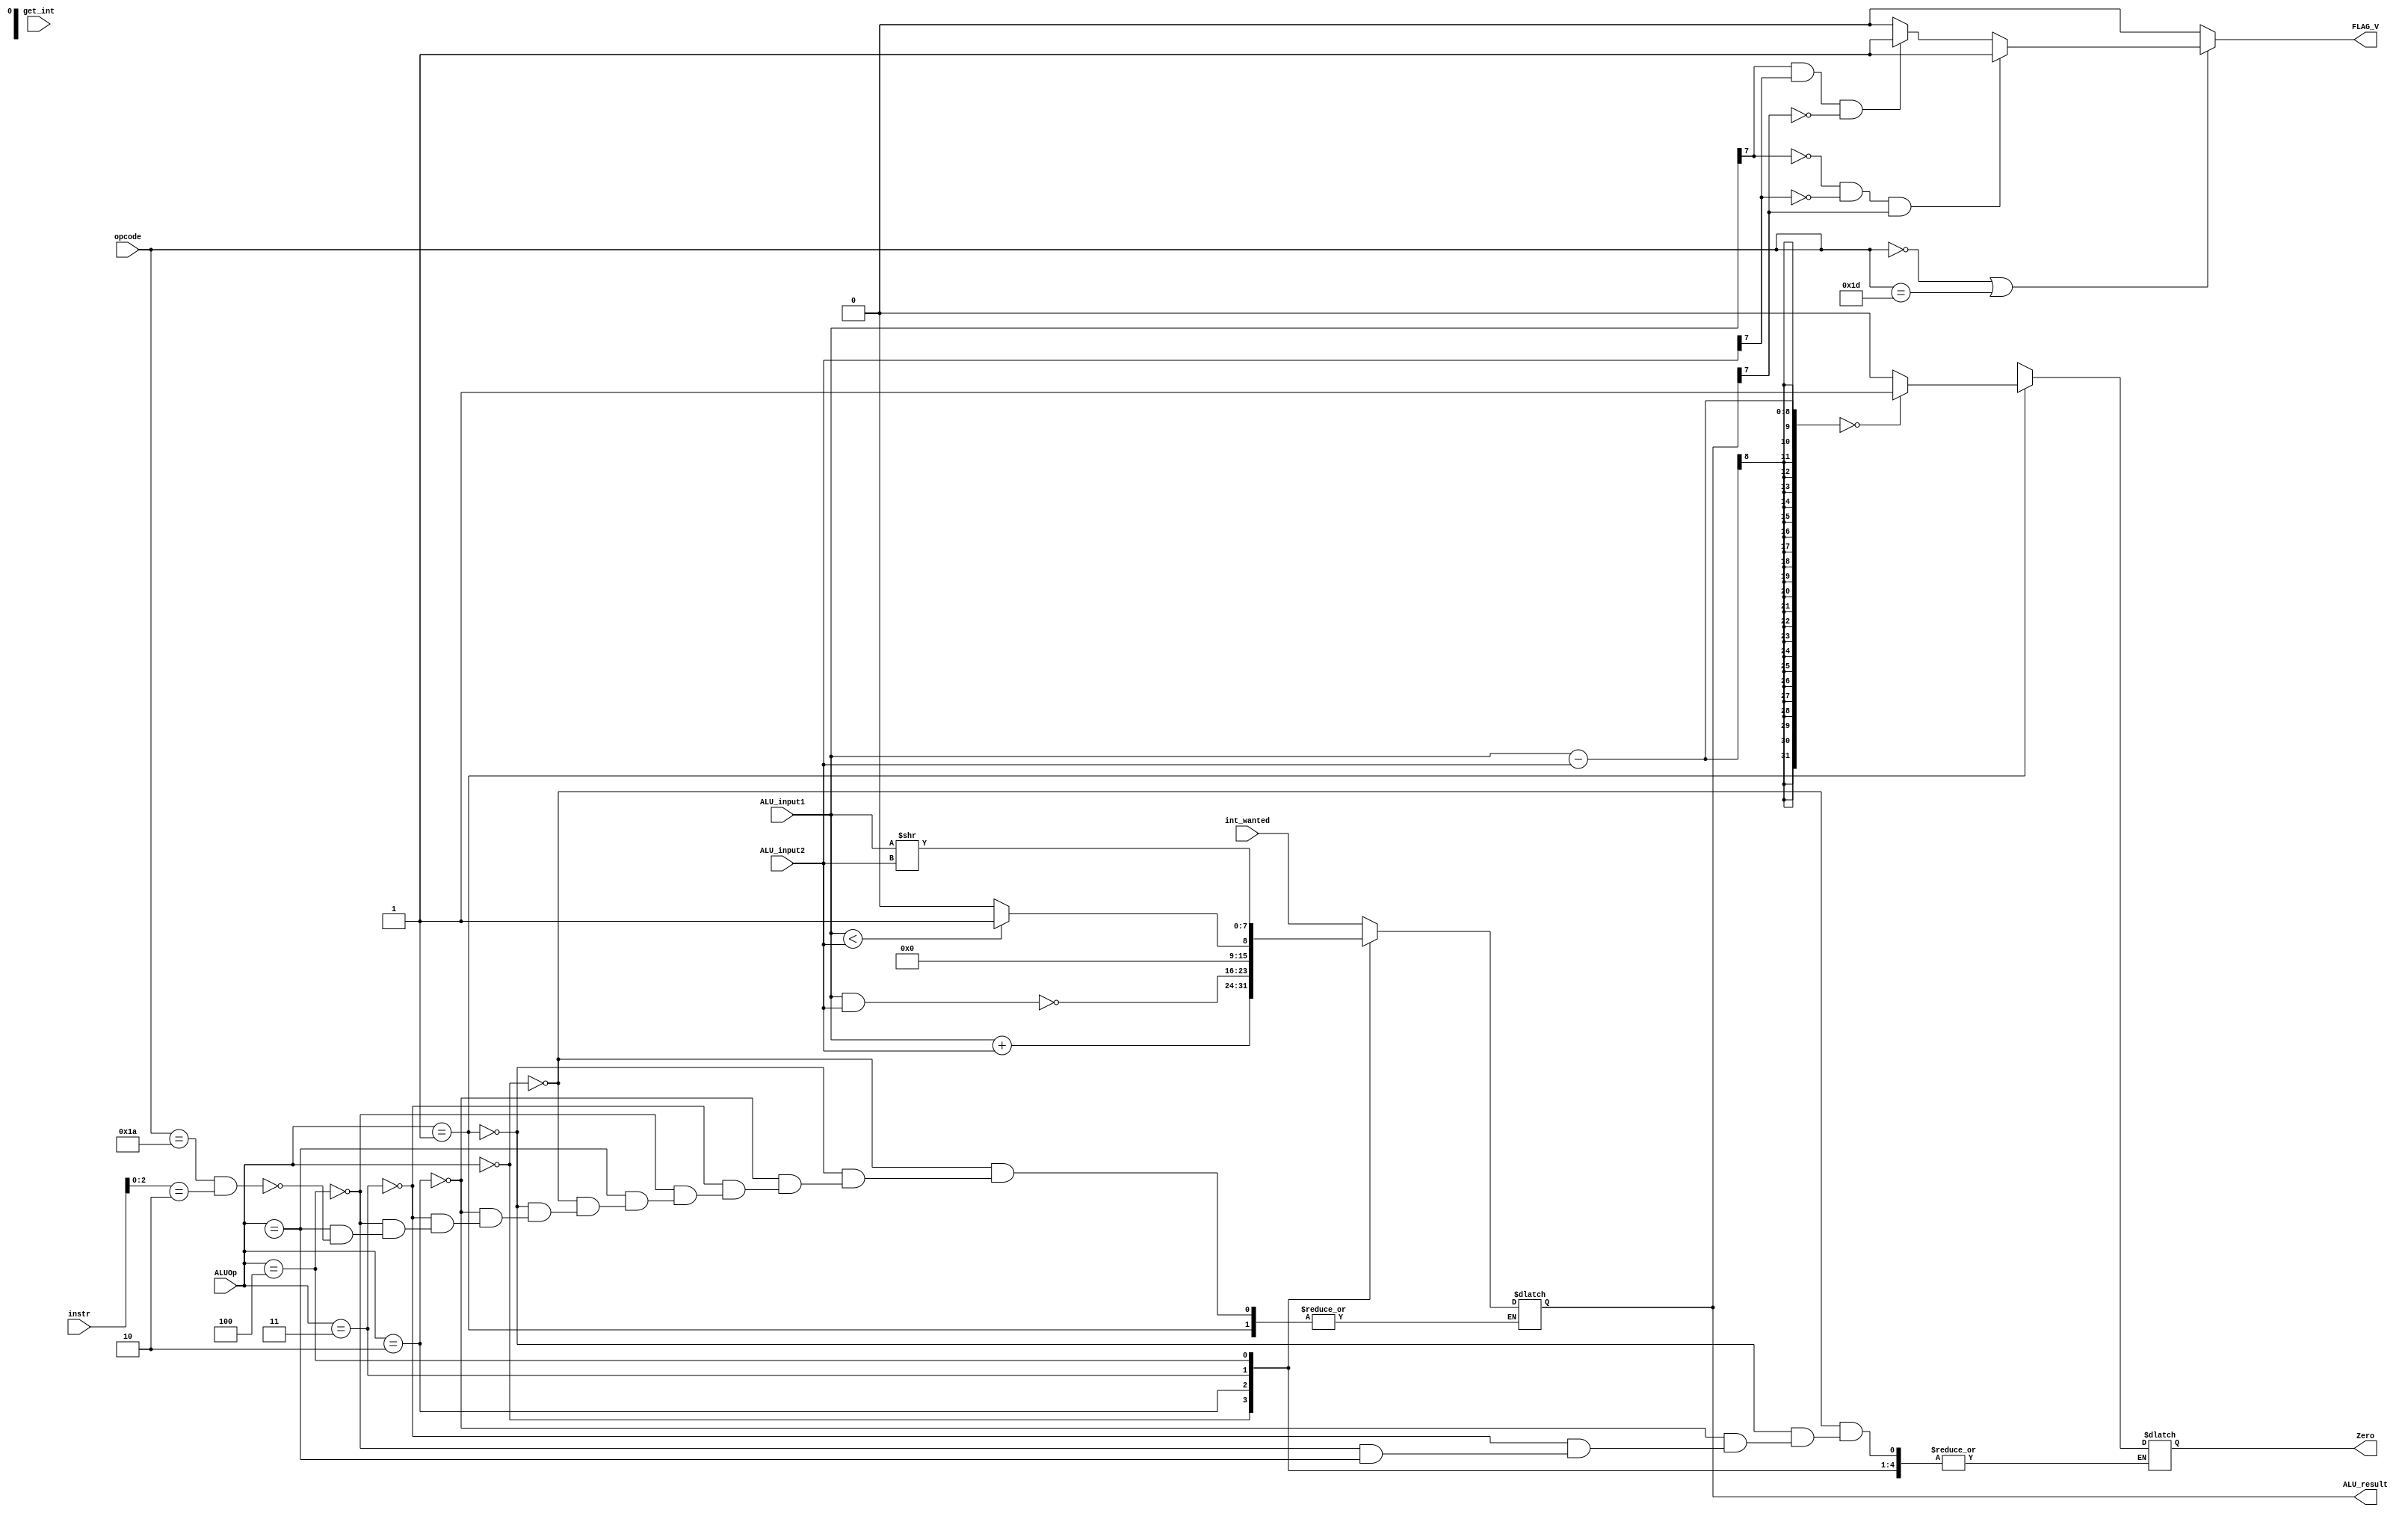
module ALU (input [2:0] ALUOp, input [7:0] ALU_input1, input [7:0] ALU_input2, output [7:0] ALU_result, output Zero, input get_int, input [7:0] int_wanted, input [4:0] opcode, input [15:0] instr, output FLAG_V);

	wire [2:0] ALUOp; //control line
	wire get_int;     //syscall
	wire [7:0] int_wanted;
	wire [4:0] opcode;
	wire [15:0] instr;

	wire signed [7:0] ALU_input1;  //inputs signed since twos complement, so can subtract by adding a negative
	wire signed [7:0] ALU_input2;
	reg signed [7:0] ALU_result;
	
	reg Zero;
	reg FLAG_V;        //addition over or under flow flag register
	

	always @(*) begin
		case (ALUOp)           //case switch statement based on ALUOp

			3'b000:    ALU_result =  ALU_input1 + ALU_input2;    //add

			3'b001: begin        //for beq

				if (ALU_input1-ALU_input2 == 0)   //if inputs are equal asset the Zero 
		    		Zero=1'b1;
				else  
					Zero=1'b0;                 //if not Zero is not asserted
			  		end

			3'b010: ALU_result= ALU_input1 ~& ALU_input2;       //bitwise nand

			3'b011: begin     //slt

				if (ALU_input1<ALU_input2) 
					ALU_result=8'b00000001;           
				else 
					ALU_result=8'b00000000;
		    		end

			3'b100:   ALU_result= ALU_input1 >> ALU_input2;    //srl
			3'bxxx:   
	      		if (opcode == 5'b11010 && instr [2:0] == 3'b010) begin    //redudant precaution: opcode already determined from ALUOp = 3'bxxx
	       			ALU_result [7:0] = int_wanted[7:0];                      //since ALU_result goes into $acc and trying to write the int_wanted into $acc
	       			end
			endcase
		end

	
	//OVER AND UNDER-FLOW FLAG
	always @ (*) 
		if (opcode [4:0] ==5'b00000 || opcode[4:0] ==5'b11101) begin    //only for add or addi commands

			if (ALU_input1 [7] == 1'b0 && ALU_input2 [7] == 1'b0 && ALU_result[7] == 1'b1) begin    //if add two positives and fet a negative answer
	    		FLAG_V =  1;
	 			$display ("FLAG_V = %b, ALU result overflow (see waveforms to confirm)" ,FLAG_V);
	 			end
	 		
	 		else if (ALU_input1[7] == 1'b1 && ALU_input2[7] ==1'b1 && ALU_result[7] == 1'b0) begin  //if add two negatives and get a positive answer
	  			FLAG_V =  1;
				$display ("FLAG_V = %b, ALU result underflow (see waveforms to confirm)" ,FLAG_V);
	 			end
			
			else begin
	 	 		FLAG_V=0;
	 		 	end

	 		end

		else begin     //if not add or addi don't send up a flag for anything
	 	 	FLAG_V=0;
	 		end

endmodule